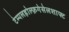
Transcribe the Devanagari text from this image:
टेम्पलहोल्फ़गेसेलशाफ्ट